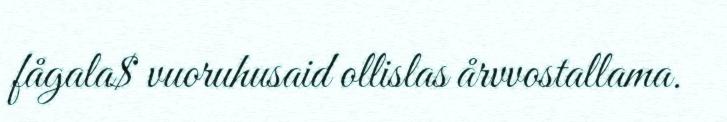
fågala$ vuoruhusaid ollislas årvvostallama.